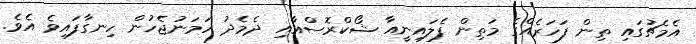
އެމެޗުގައި ތިން ފަހަރެއްގެ މަތިން ފެލައިނީއާ ޝޯކްރޮސްއާއި ދެމެދު ހަމަނުޖެހުން ހިނގާފައިވެ އެވެ.